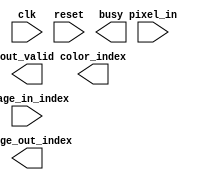
`timescale 1ns/10ps
module ISE( clk, reset, image_in_index, pixel_in, busy, out_valid, color_index, image_out_index);
input           clk;
input           reset;
input   [4:0]   image_in_index;
input   [23:0]  pixel_in;
output          busy;
output          out_valid;
output  [1:0]   color_index;
output  [4:0]   image_out_index;

endmodule